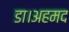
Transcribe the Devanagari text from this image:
डा।अहमद